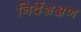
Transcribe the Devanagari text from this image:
निर्देशक्षण